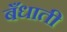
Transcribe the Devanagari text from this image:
बँधाती